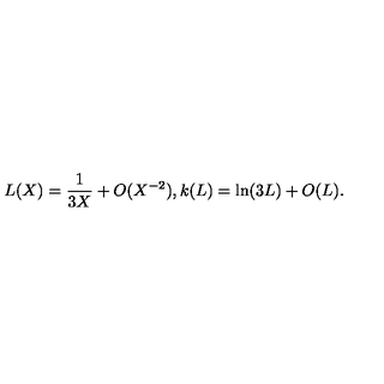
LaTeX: L ( X ) = { \frac { 1 } { 3 X } } + O ( X ^ { - 2 } ) , k ( L ) = \ln ( 3 L ) + O ( L ) .